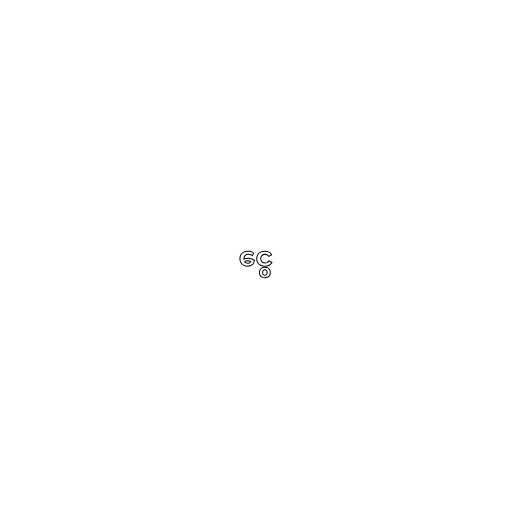
ငွေ